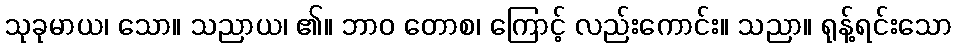
သုခုမာယ၊ သော။ သညာယ၊ ၏။ ဘာဝ တောစ၊ ကြောင့် လည်းကောင်း။ သညာ။ ရုန့်ရင်းသော